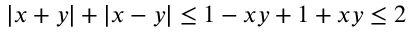
| x + y | + | x - y | \le 1 - x y + 1 + x y \le 2